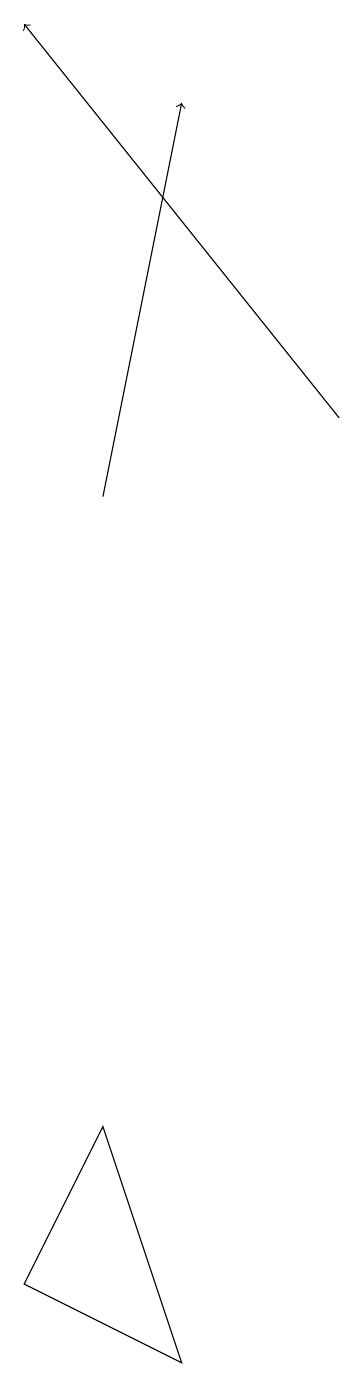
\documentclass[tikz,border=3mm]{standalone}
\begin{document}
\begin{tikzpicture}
\draw[->] (8,13) -- (4,18);
\draw[->] (5,12) -- (6,17);
\draw (6,1) -- (4,2) -- (5,4) -- cycle;
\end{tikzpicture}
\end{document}